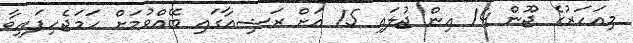
މިއަހަރުގެ ޖޫން 14 އިން ޖުލައި 15 އަށް ރަޝިއާގައި ބޭއްވުމަށް ހަމަޖެހިފައިވާ